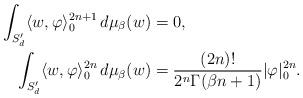
LaTeX: \begin{align*}\int_{S'_{d}}\langle w,\varphi\rangle_{0}^{2n+1}\,d\mu_{\beta}(w) & =0,\\\int_{S'_{d}}\langle w,\varphi\rangle_{0}^{2n}\,d\mu_{\beta}(w) & =\frac{(2n)!}{2^{n}\Gamma(\beta n+1)}|\varphi|_{0}^{2n}.\end{align*}